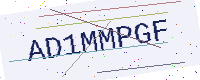
Text: AD1MMPGF